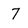
Character: 7